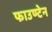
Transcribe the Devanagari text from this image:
फाउण्टेन